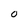
Character: O